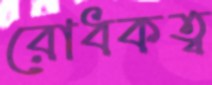
রোধকত্ব